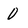
Character: 0